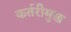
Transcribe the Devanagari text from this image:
कर्तरीमुख